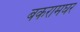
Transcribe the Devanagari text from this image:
बकरामघर